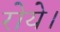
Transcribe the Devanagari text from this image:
रोये।